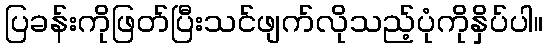
ပြခန်းကိုဖြတ်ပြီးသင်ဖျက်လိုသည့်ပုံကိုနှိပ်ပါ။